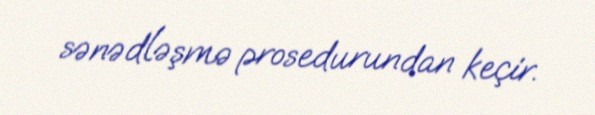
sənədləşmə prosedurundan keçir.